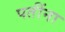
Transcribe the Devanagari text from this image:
पतींना